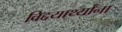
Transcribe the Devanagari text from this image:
विद्दयार्थ्यांना